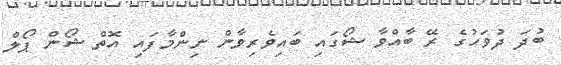
ބުދަ ދުވަހުގެ ރޭ ބާއްވާ ޝޯގައި ބައިވެރިވާން ނިންމާފައި އޮތް ޝޯން ޕޯލް